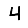
Digit: 4